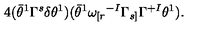
4 ( \bar { \theta } ^ { 1 } \Gamma ^ { s } \delta \theta ^ { 1 } ) ( \bar { \theta } ^ { 1 } \omega _ { [ r } { } ^ { - I } \Gamma _ { s ] } \Gamma ^ { + I } \theta ^ { 1 } ) .